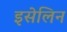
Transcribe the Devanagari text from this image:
इसेलिन